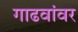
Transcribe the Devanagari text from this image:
गाढवांवर